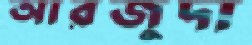
আরজুদা